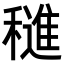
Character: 𬔀